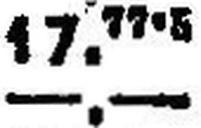
—.—